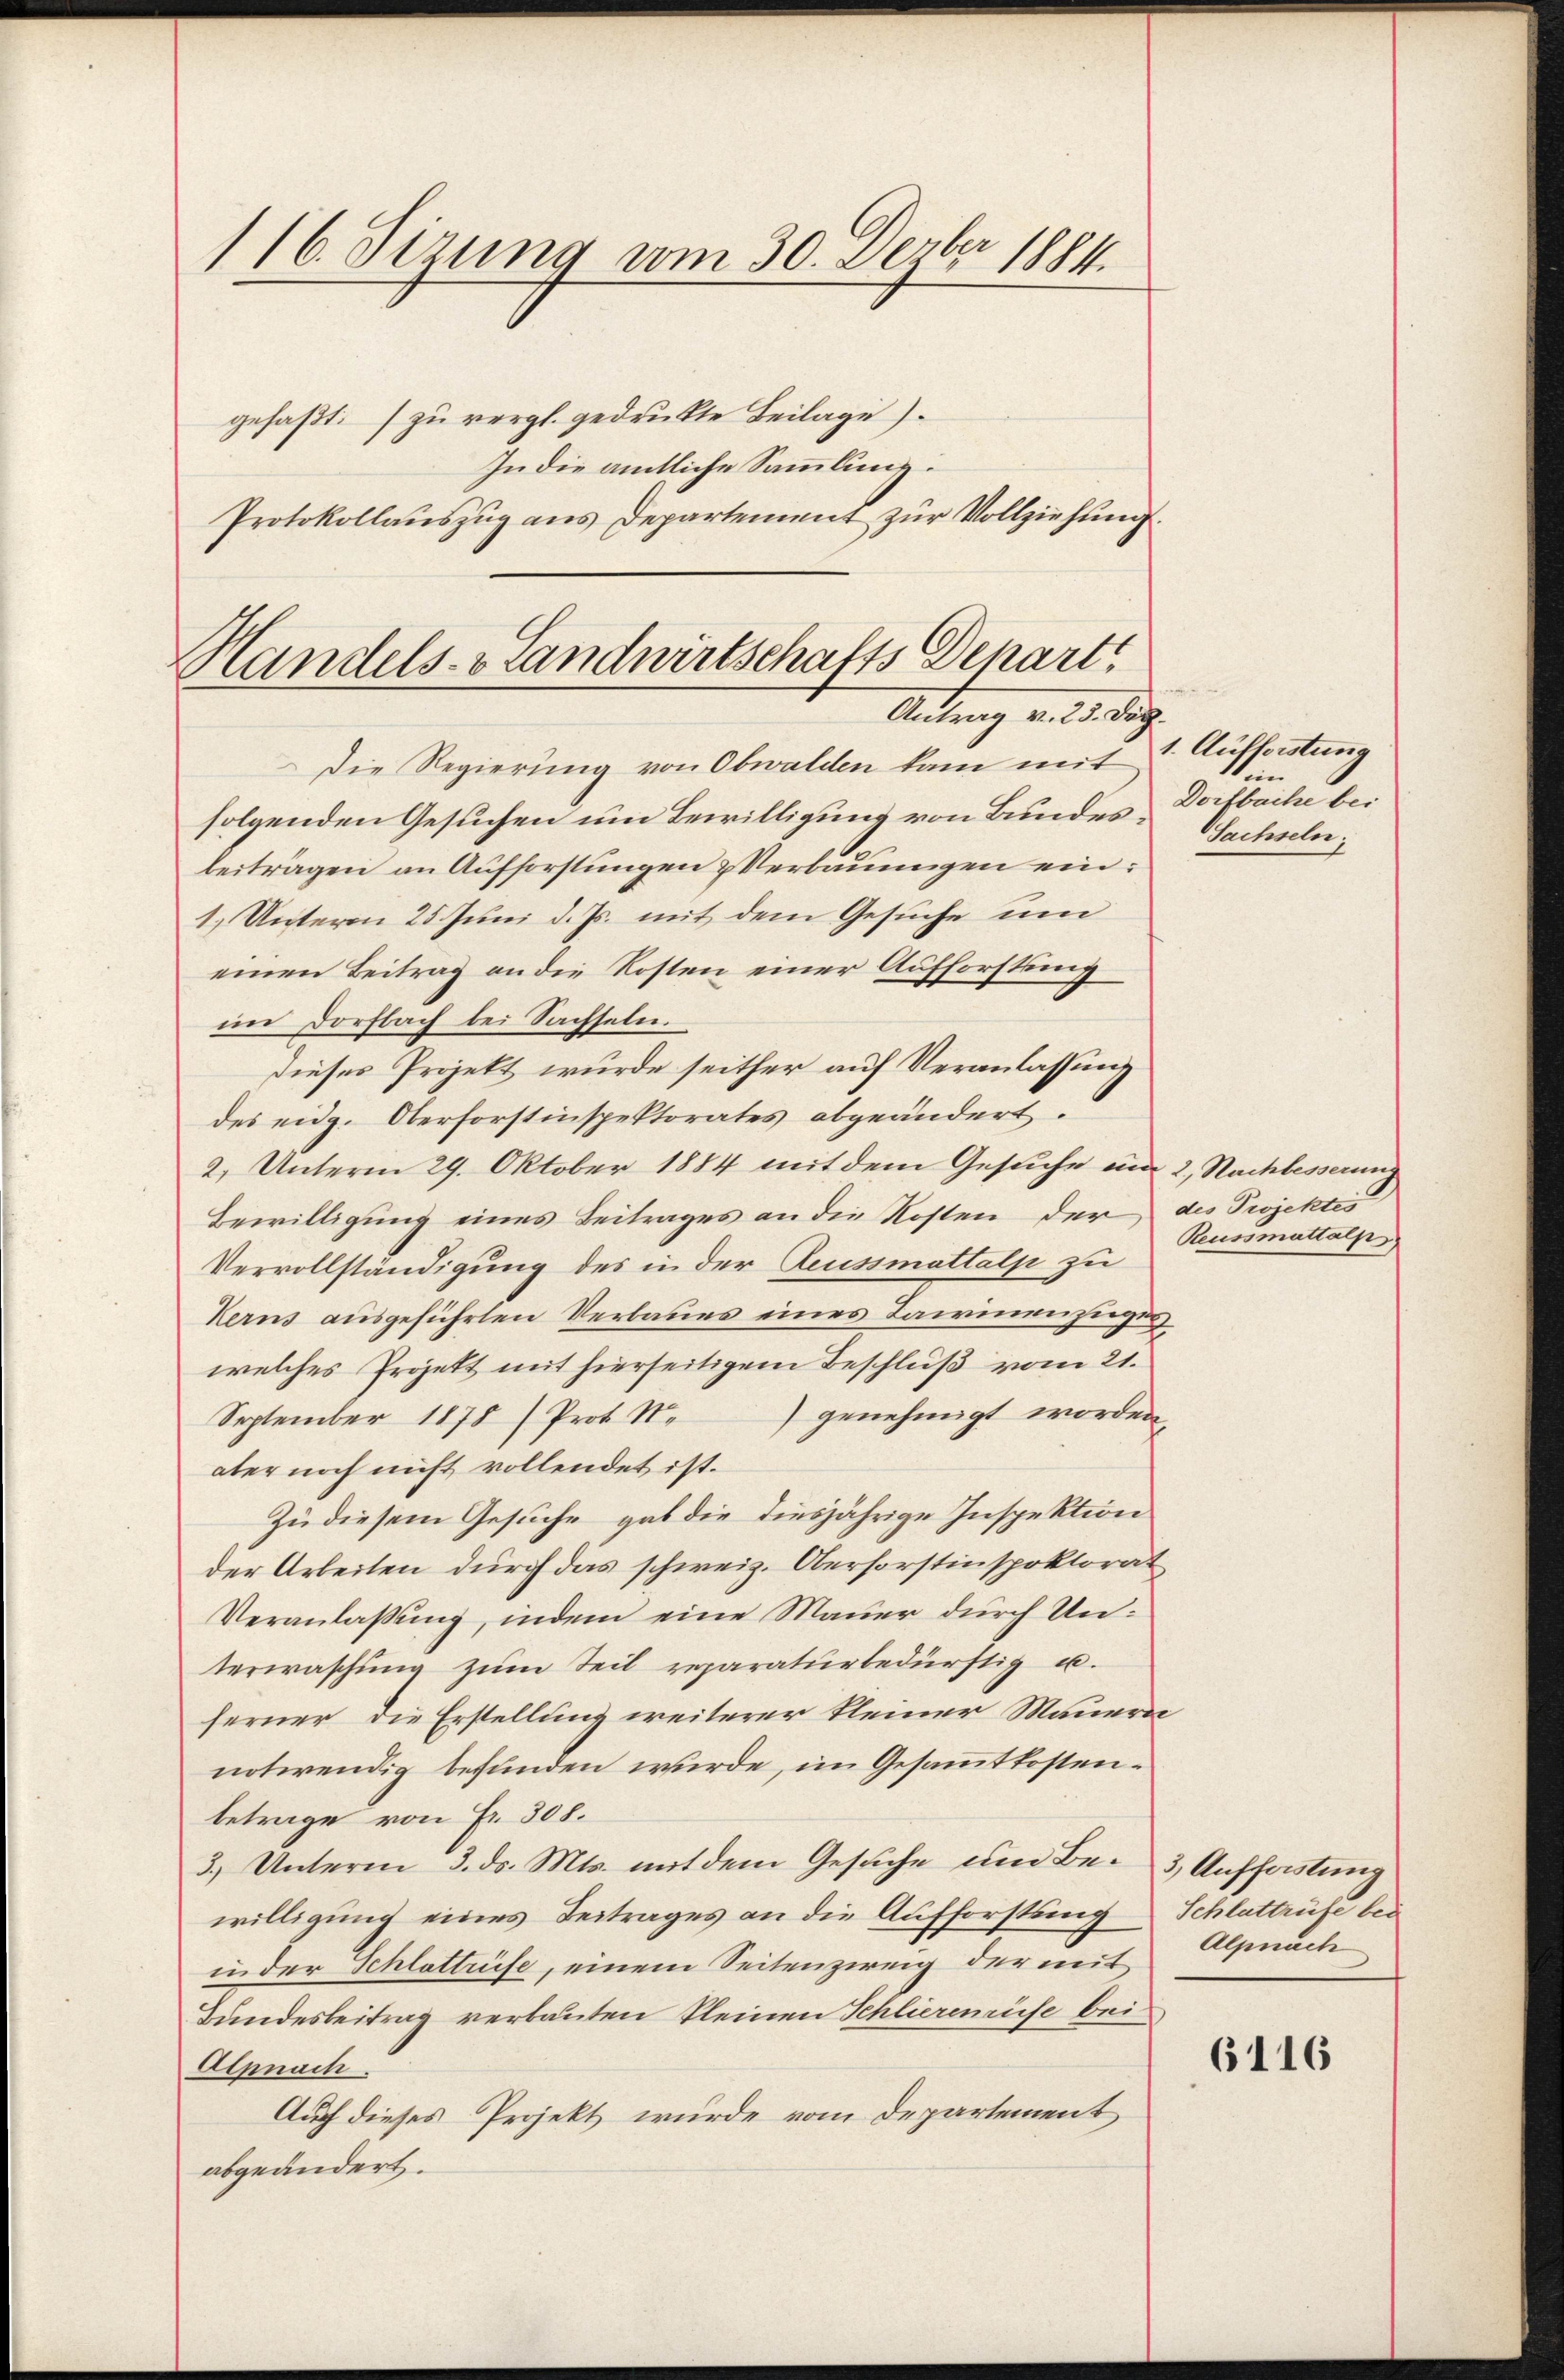
116. Sizung vom 30. Dezbr 1884.

gefaßt: zu vergl. gedrukte Beilage).
In die amtliche Sammlung.
Protokollauszug aus Departement zur Vollziehung

Handels- & Landwirtschafts Depart
Antrag als dag

Die Regierung von Obwalden kam mit
folgenden Gesuchen um Bewilligung von Bundes-Wechseln;
beiträgen an Aufforstungen & Verbauungen ein:
1.) Unterm 25. Juni d. Js. mit dem Gesuche um
einen Beitrag an die Kosten einer Aufforstung
im Dorfbach bei Sachseln.
Dieses Projekt wurde seither auf Veranlassung
des eidg. Oberforstinspektorates abgeändert.
2. Unterm 29. Oktober 1884 mit dem Gesuche und 2, Nachbesserung
Bewilligung eines Beitrages an die Kosten der des Projektes
Vervollständigung des in der Reussmattalp zu
Kerns ausgeführten Verbaues eines Tawinenziegen
welches Projekt mit hierseitigem Beschluß vom 21.
September 1878 / Prot. N. genehmigt worden,
aber noch nicht vollendet ist.
Zu diesem Gesuche gab die diesjährige Inspektion
der Arbeiten durch das schweiz. Oberforstinspektorat
Veranlassung, indem eine Mauer durch Unterwaschung zŭm Teil reparatur bedürftig u.
ferner die Erstellung weiterer kleiner Mauern
notwendig befunden wurde, im Gesammtkostenbetrage von Fr. 308.
3.) Unterm 3. ds. Mts. mit dem Gesuche um Be- 3, Auffastung
willigung eines Beitrages an die Aufforstung Schlattrüfe bei
in der Schlattuise, einem Seitenzweig der mit
Bundesbeitrag verbauten kleinen Schlierenise bei
Alpnach.
Auch dieses Projekt wurde vom Departement
abgeändert.

1. Aufleistung
tein
Dorfbache bei

Reussmuttalp

Alpnach

6116